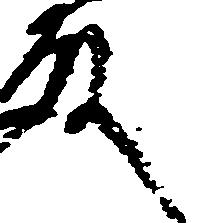
殿